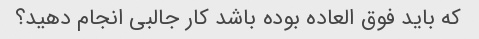
که باید فوق العاده بوده باشد کار جالبی انجام دهید؟